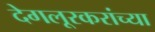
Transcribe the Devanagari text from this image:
देगलूरकरांच्या